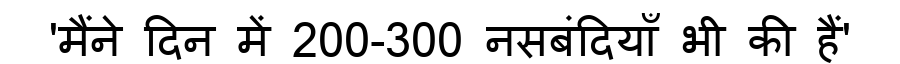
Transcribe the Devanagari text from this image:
'मैंने दिन में 200-300 नसबंदियाँ भी की हैं'